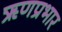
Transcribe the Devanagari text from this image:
ऋणप्रभार